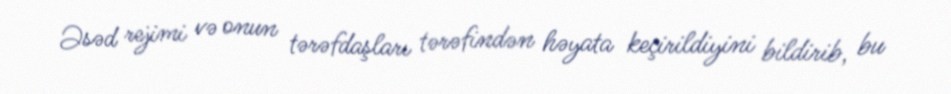
Əsəd rejimi və onun tərəfdaşları tərəfindən həyata keçirildiyini bildirib, bu